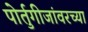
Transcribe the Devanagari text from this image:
पोर्तुगीजांवरच्या